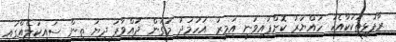
ރާފުޅިތަކަކާއެކު ހައްޔަރު ކޮށްފައިވަނީ އަމީރު އަހުމަދު މަގުން ދުއްވާފަ ދިޔަ ތިން ސައިކަލެއްގައި